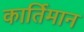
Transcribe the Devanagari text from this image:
कार्तिमान